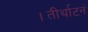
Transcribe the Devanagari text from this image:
।तीर्थाटनं